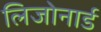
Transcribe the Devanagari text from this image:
लिजोनार्ड